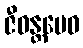
ဇီဝန္တမေဝ